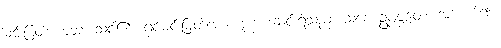
မင်းမြတ်။ တေ၊ သင်၏။ ရှင်မင်းမြတ်အား။ ဒုက္ခံ၊ ဆင်းရဲသည်။ သစေ ဥပ္ပဇ္ဇတေ၊ အကယ်၍